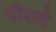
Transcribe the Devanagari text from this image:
पीराने